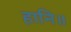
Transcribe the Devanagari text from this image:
हानि॥